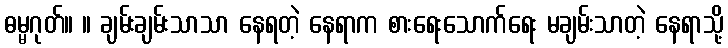
ဓမ္မဂုတ်။ ။ ချမ်းချမ်းသာသာ နေရတဲ့ နေရာက စားရေးသောက်ရေး မချမ်းသာတဲ့ နေရာသို့